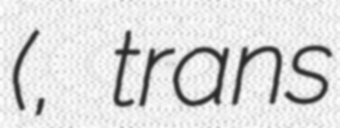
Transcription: (べんけい対ウシワカ, trans